Voisiku_vallavalitsus, lk 49
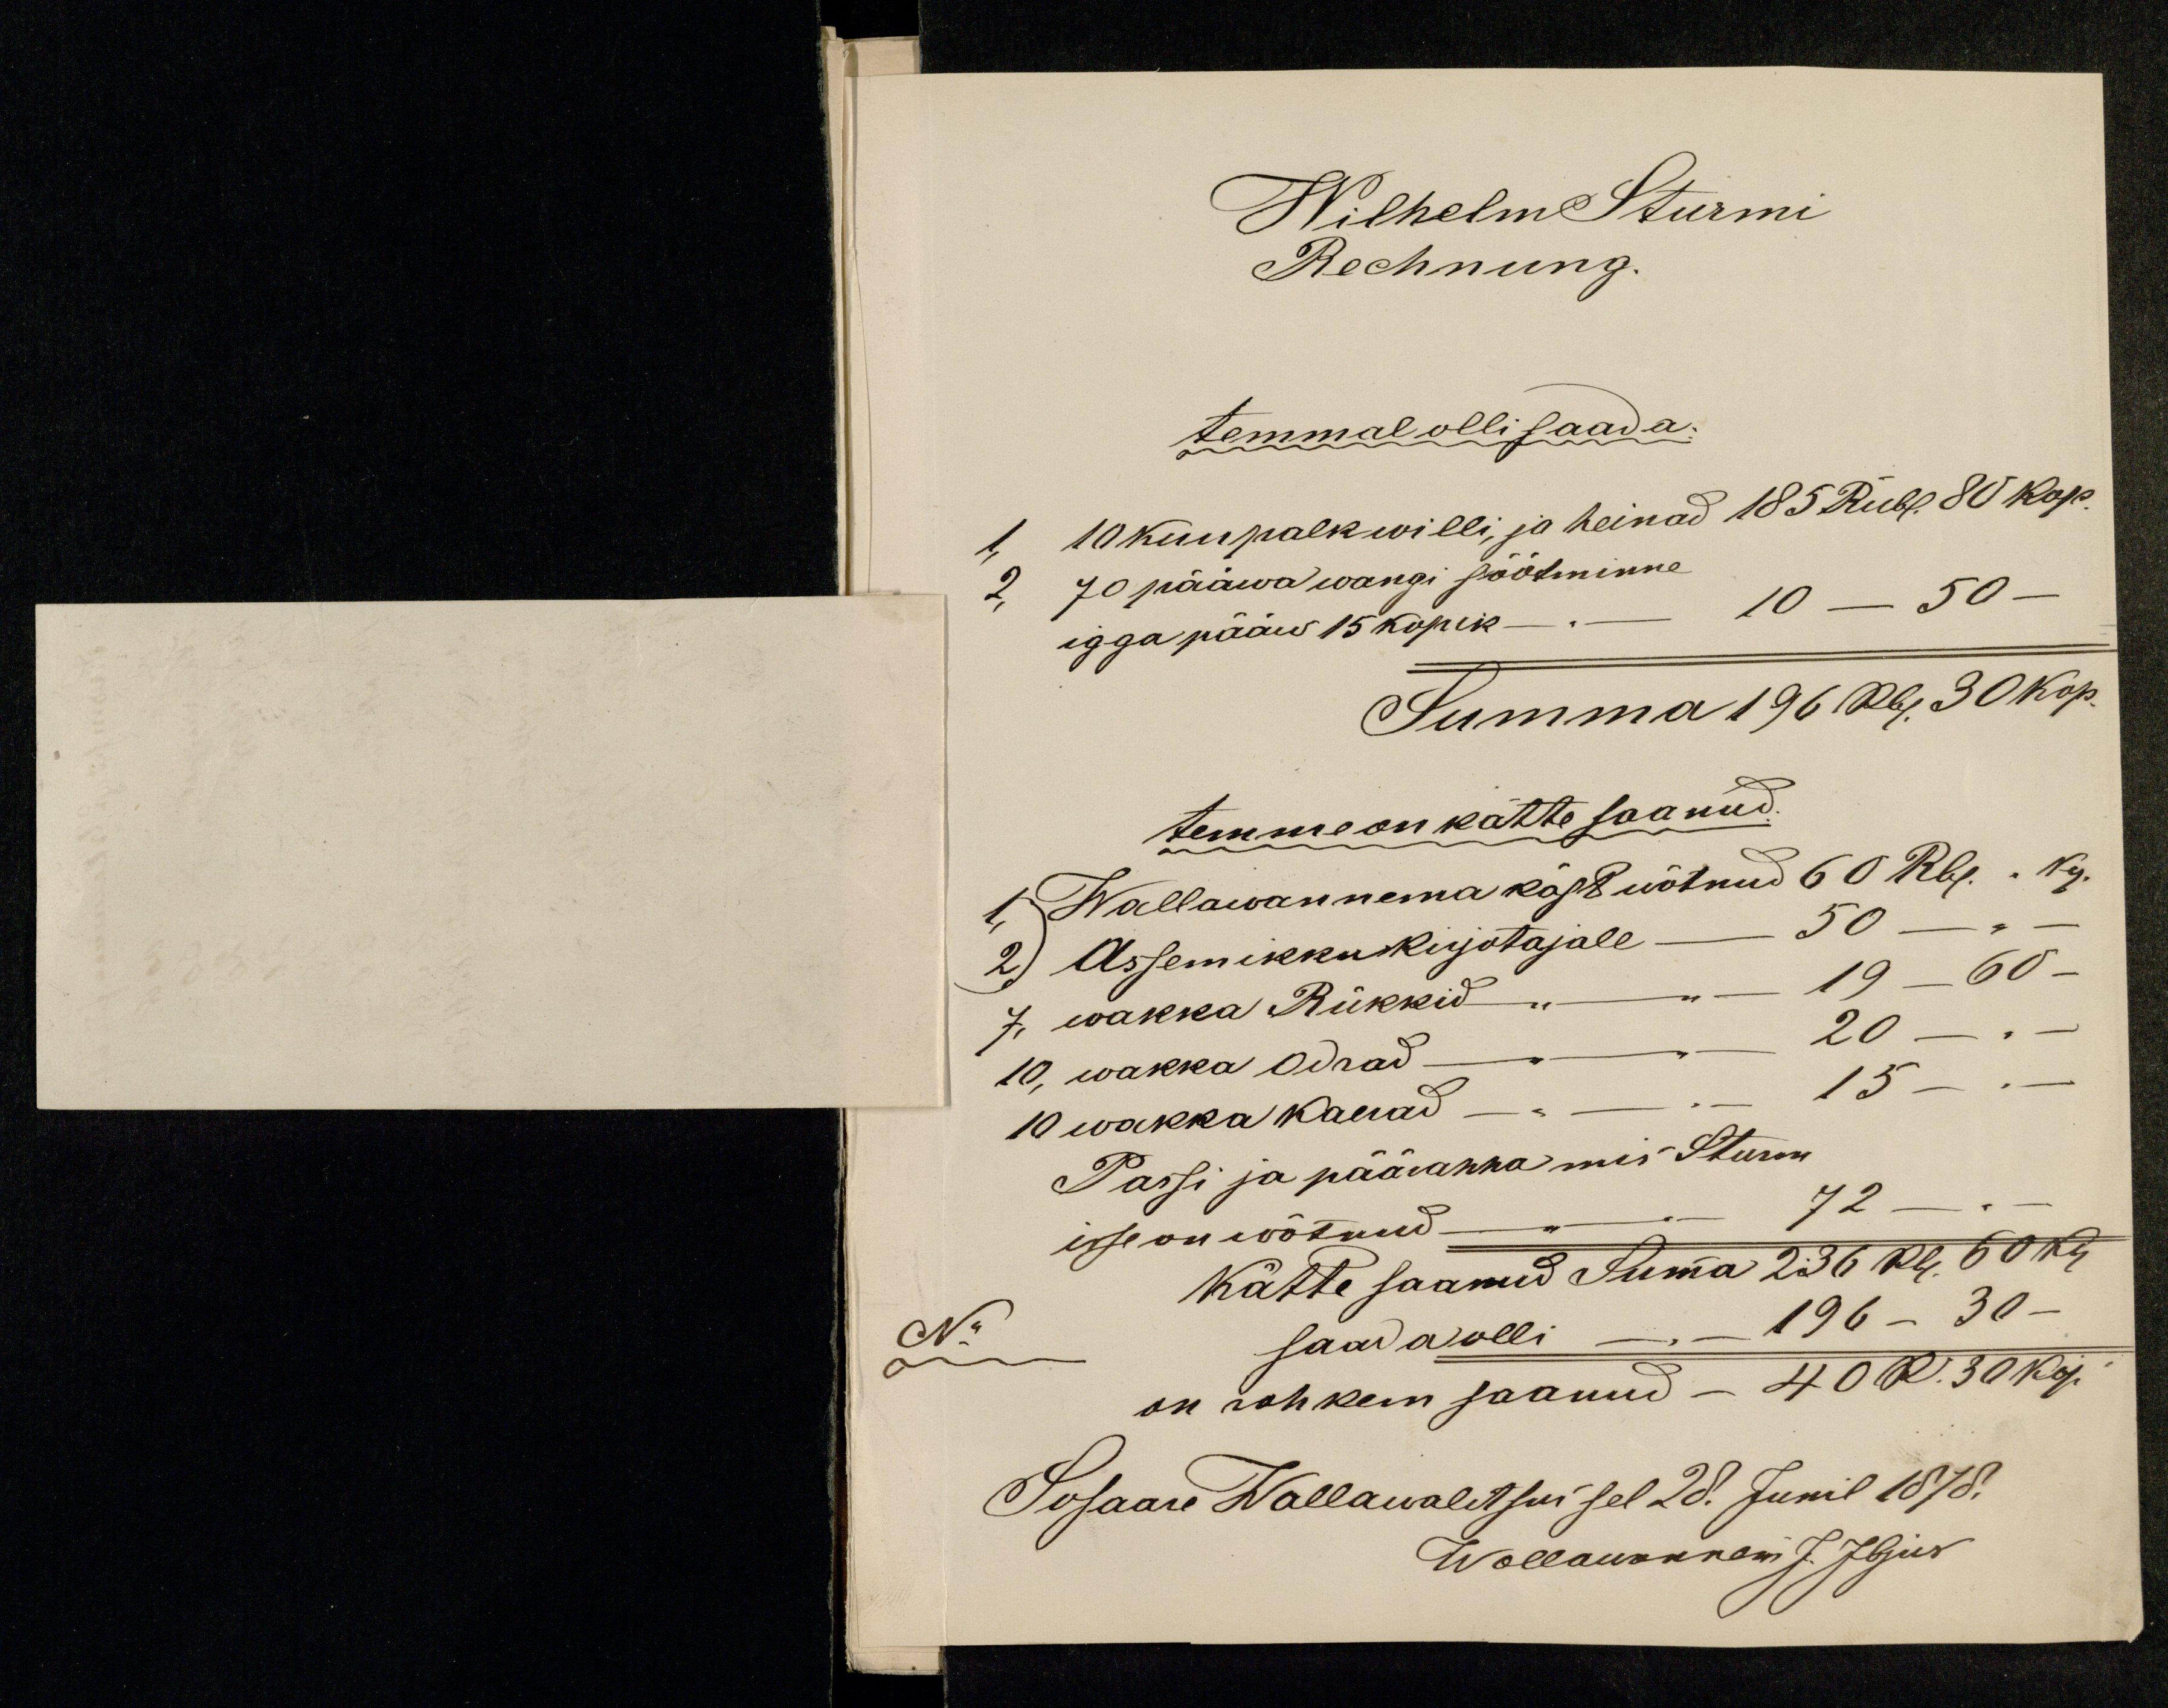
Wilhelm Sturmi
Rechnung.
temmal olli saada:
1, 10 kuu palk willi ja heinad 185 Rubl. 80 kop.
2. 70 pääwa wangi söötminne
10 - 50 -
igga pääw 15 kopik.
Summa 196 Rbl 30 kop.
temme on kätte saanud.
1) Wallawannema käst wõtnud 60 Rbl. kop.
2) Assemikku kirjotajale - 50 -
7 wakka Rukkid " - 19 - 60 -
10, wakka Odrad - 20 -
10 wakka kaerad - - 15 -
Passi ja päärahha mis Sturm
isse on wõtnud - - 72 -"-
Kätte saanud Summa 236 Rbl. 50 kop.
No
saada olli - 196 - 30 -
on rohkem saanud - 40 R. 30 Kop.
Sosaare Wallawalitsus sel 28. Junil 1878.
Wallawanem J. Ibjus